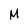
Character: M